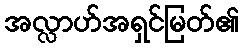
အလ္လာဟ်အရှင်မြတ်၏